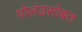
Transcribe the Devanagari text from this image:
पोलंडसोबत